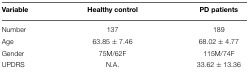
| Variable | Healthy control | PD patients |
 | --- | --- | --- |
 | Number | 137 | 189 |
 | Age | 63.85 ± 7.46 | 68.02 ± 4.77 |
 | Gender | 75M/62F | 115M/74F |
 | UPDRS | N.A. | 33.62 ± 13.36 |